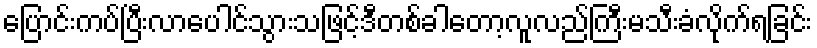
ပြောင်းကပ်ပြီးလာပေါင်သွားသဖြင့်ဒီတစ်ခါတော့လူလည်ကြီးမသီးခံလိုက်ရခြင်း